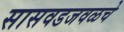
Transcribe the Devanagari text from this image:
सासवडजवळचे